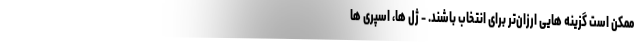
ممکن است گزینه هایی ارزان‌تر برای انتخاب باشند. - ژل ها، اسپری ها